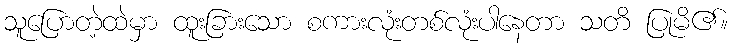
သူပြောတဲ့ထဲမှာ ထူးခြားသော စကားလုံးတစ်လုံးပါနေတာ သတိ ပြုမိ၏။